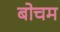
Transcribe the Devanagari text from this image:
बोचम